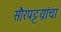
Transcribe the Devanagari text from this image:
सौरपट्टय़ांचा